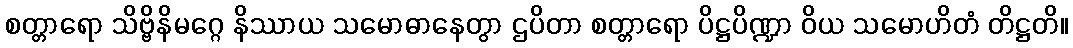
စတ္တာရော သိဗ္ဗိနိမဂ္ဂေ နိဿာယ သမောဓာနေတွာ ဌပိတာ စတ္တာရော ပိဋ္ဌပိဏ္ဍာ ဝိယ သမောဟိတံ တိဋ္ဌတိ။